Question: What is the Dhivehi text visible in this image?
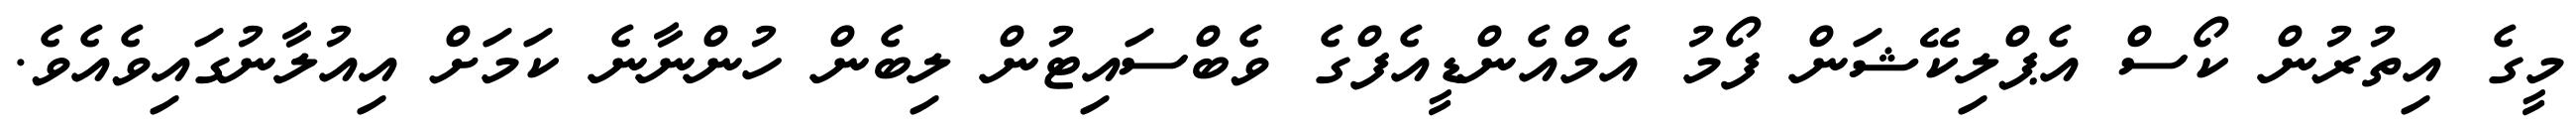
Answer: މީގެ އިތުރުން ކޯސް އެޕްލިކޭޝަން ފޯމު އެމްއެންޑީއެފްގެ ވެބްސައިޓުން ލިބެން ހުންނާނެ ކަމަށް އިއުލާނުގައިވެއެވެ.